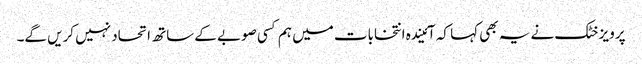
پرویز خٹک نے یہ بھی کہا کہ آئیندہ انتخابات میں ہم کسی صوبے کے ساتھ اتحاد نہیں کریں گے۔